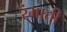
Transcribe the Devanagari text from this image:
रंभाती